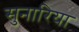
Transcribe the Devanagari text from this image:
सुनारिया